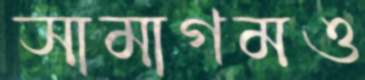
সামাগমও